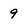
Character: 9